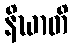
နိဃာတိ